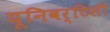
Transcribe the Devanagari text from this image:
यूनिवर्टिसी